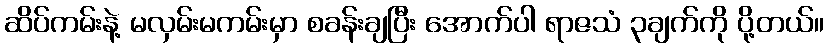
ဆိပ်ကမ်းနဲ့ မလှမ်းမကမ်းမှာ စခန်းချပြီး အောက်ပါ ရာဇသံ ၃ချက်ကို ပို့တယ်။